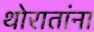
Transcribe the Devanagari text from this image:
थोरातांना